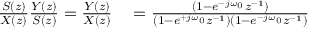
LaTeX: \begin{array} { r l } { { \frac { S ( z ) } { X ( z ) } } { \frac { Y ( z ) } { S ( z ) } } = { \frac { Y ( z ) } { X ( z ) } } } & { { } = { \frac { ( 1 - e ^ { - j \omega _ { 0 } } z ^ { - 1 } ) } { ( 1 - e ^ { + j \omega _ { 0 } } z ^ { - 1 } ) ( 1 - e ^ { - j \omega _ { 0 } } z ^ { - 1 } ) } } } \end{array}